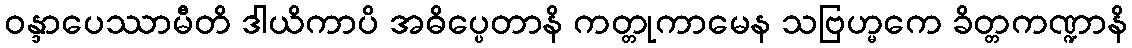
ဝန္ဒာပေဿာမီတိ ဒါယိကာပိ အဓိပ္ပေတာနိ ကတ္တုကာမေန သဗြဟ္မကေ ခိတ္တကဏ္ဍာနိ